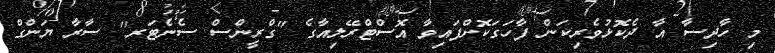
މި ހާދިސާ އާ ދެކޮޅުވެރިކަން ފާހަގަކޮށްފައިވާ އޮސްޓްރޭލިއާގެ "ގްރީންސް ސެނެޓަރ" ސާރާ ޔަންގް